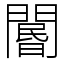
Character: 𨵽